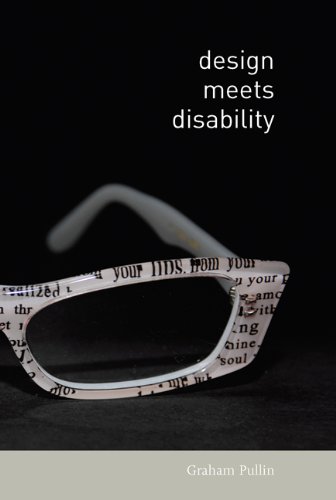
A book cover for Design Meets Disability; Graham Pullin; Arts & Photography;